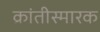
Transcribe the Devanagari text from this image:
क्रांतीस्मारक